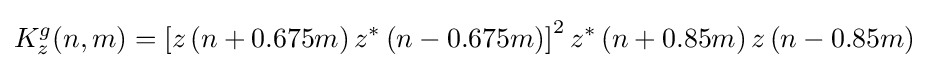
K_{z}^{g}(n,m)=\left[z\left(n+0.675m\right)z^{*}\left(n-0.675m\right)\right]^{2}z^{*}\left(n+0.85m\right)z\left(n-0.85m\right)